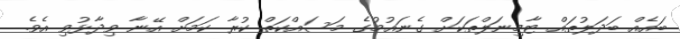
ބައެއް ބަދަލުތައް ޓާމިނަލްތަކަށް ގެނައުމުގެ މަސައްކަތް ކުރާ ކަމަށް އޭނާ ވިދާޅުވި އެވެ.